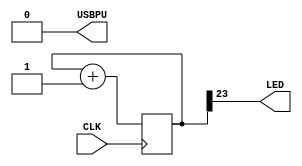
/*

Top-Level Verilog Module -- Basic LED blinker

Uncomment any pins you want to use in `pins.pcf`

*/

`default_nettype none

module top (
  input CLK,    // 16MHz clock for TinyFPGA-BX
  output LED,   // User/boot LED next to power LED
  output USBPU  // USB pull-up resistor
);

  // drive USB pull-up resistor to '0' to disable USB
  assign USBPU = 1'b0;

  reg [23:0] counter;
  always @(posedge CLK) counter <= counter + 1'b1;

  assign LED = counter[23];  // ~0.954 seconds

endmodule